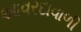
આવરદાવાળી